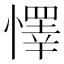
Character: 懌